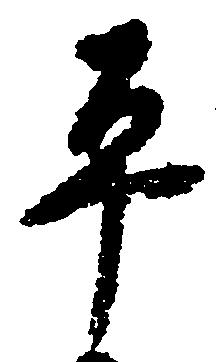
平